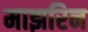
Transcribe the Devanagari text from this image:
माझरिन